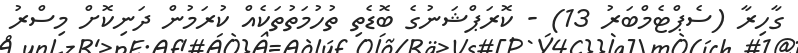
ގާހިރާ (ސެޕްޓެމްބަރު 13) - ކޮރަޕްޝަނުގެ ބޮޑެތި ތުހުމަތުތަކެއް ކުރަމުން ދަނިކޮށް މިސްރު